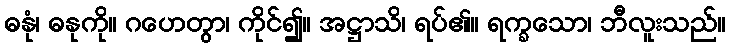
ဓနုံ၊ ဓနုကို။ ဂဟေတွာ၊ ကိုင်၍။ အဋ္ဌာသိ၊ ရပ်၏။ ရက္ခသော၊ ဘီလူးသည်။